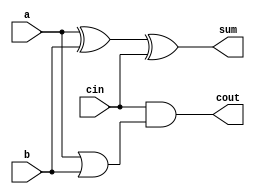
module full_adder1(a,b,cin,sum,cout);
input a,b,cin;
output sum,cout;
assign sum = a^b^cin;
assign cout = 1'b0|cin&(a|b); 
// initial begin
//     $display("The incorrect adder with and0 and or2 having out/0 and in1/0");
// end   
endmodule